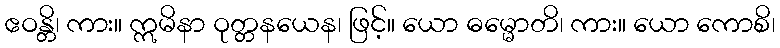
ဧဝန္တိ၊ ကား။ ဣမိနာ ဝုတ္တနယေန၊ ဖြင့်။ ယော ဓမ္မောတိ၊ ကား။ ယော ကောစိ၊